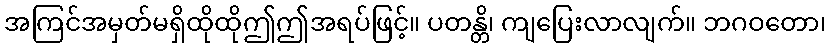
အကြင်အမှတ်မရှိထိုထိုဤဤအရပ်ဖြင့်။ ပတန္တိ၊ ကျပြေးလာလျက်။ ဘဂဝတော၊